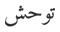
توحش